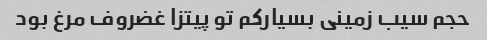
حجم سیب زمینی بسیار‌کم تو پیتزا غضروف مرغ بود